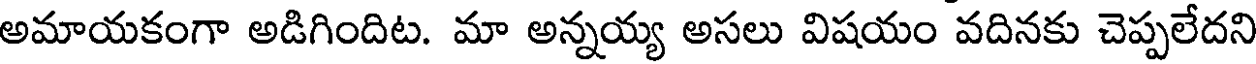
అమాయకంగా అడిగిందిట. మా అన్నయ్య అసలు విషయం వదినకు చెప్పలేదని